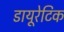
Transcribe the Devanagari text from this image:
डायूरेटिक